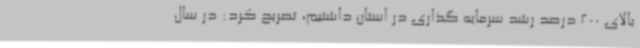
بالای 200 درصد رشد سرمایه گذاری در استان داشتیم، تصریح کرد: در سال